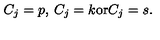
C _ { j } = p , \: C _ { j } = k { \mathrm { o r } } C _ { j } = s .